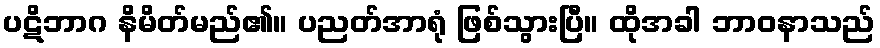
ပဋိဘာဂ နိမိတ်မည်၏။ ပညတ်အာရုံ ဖြစ်သွားပြီ။ ထိုအခါ ဘာဝနာသည်